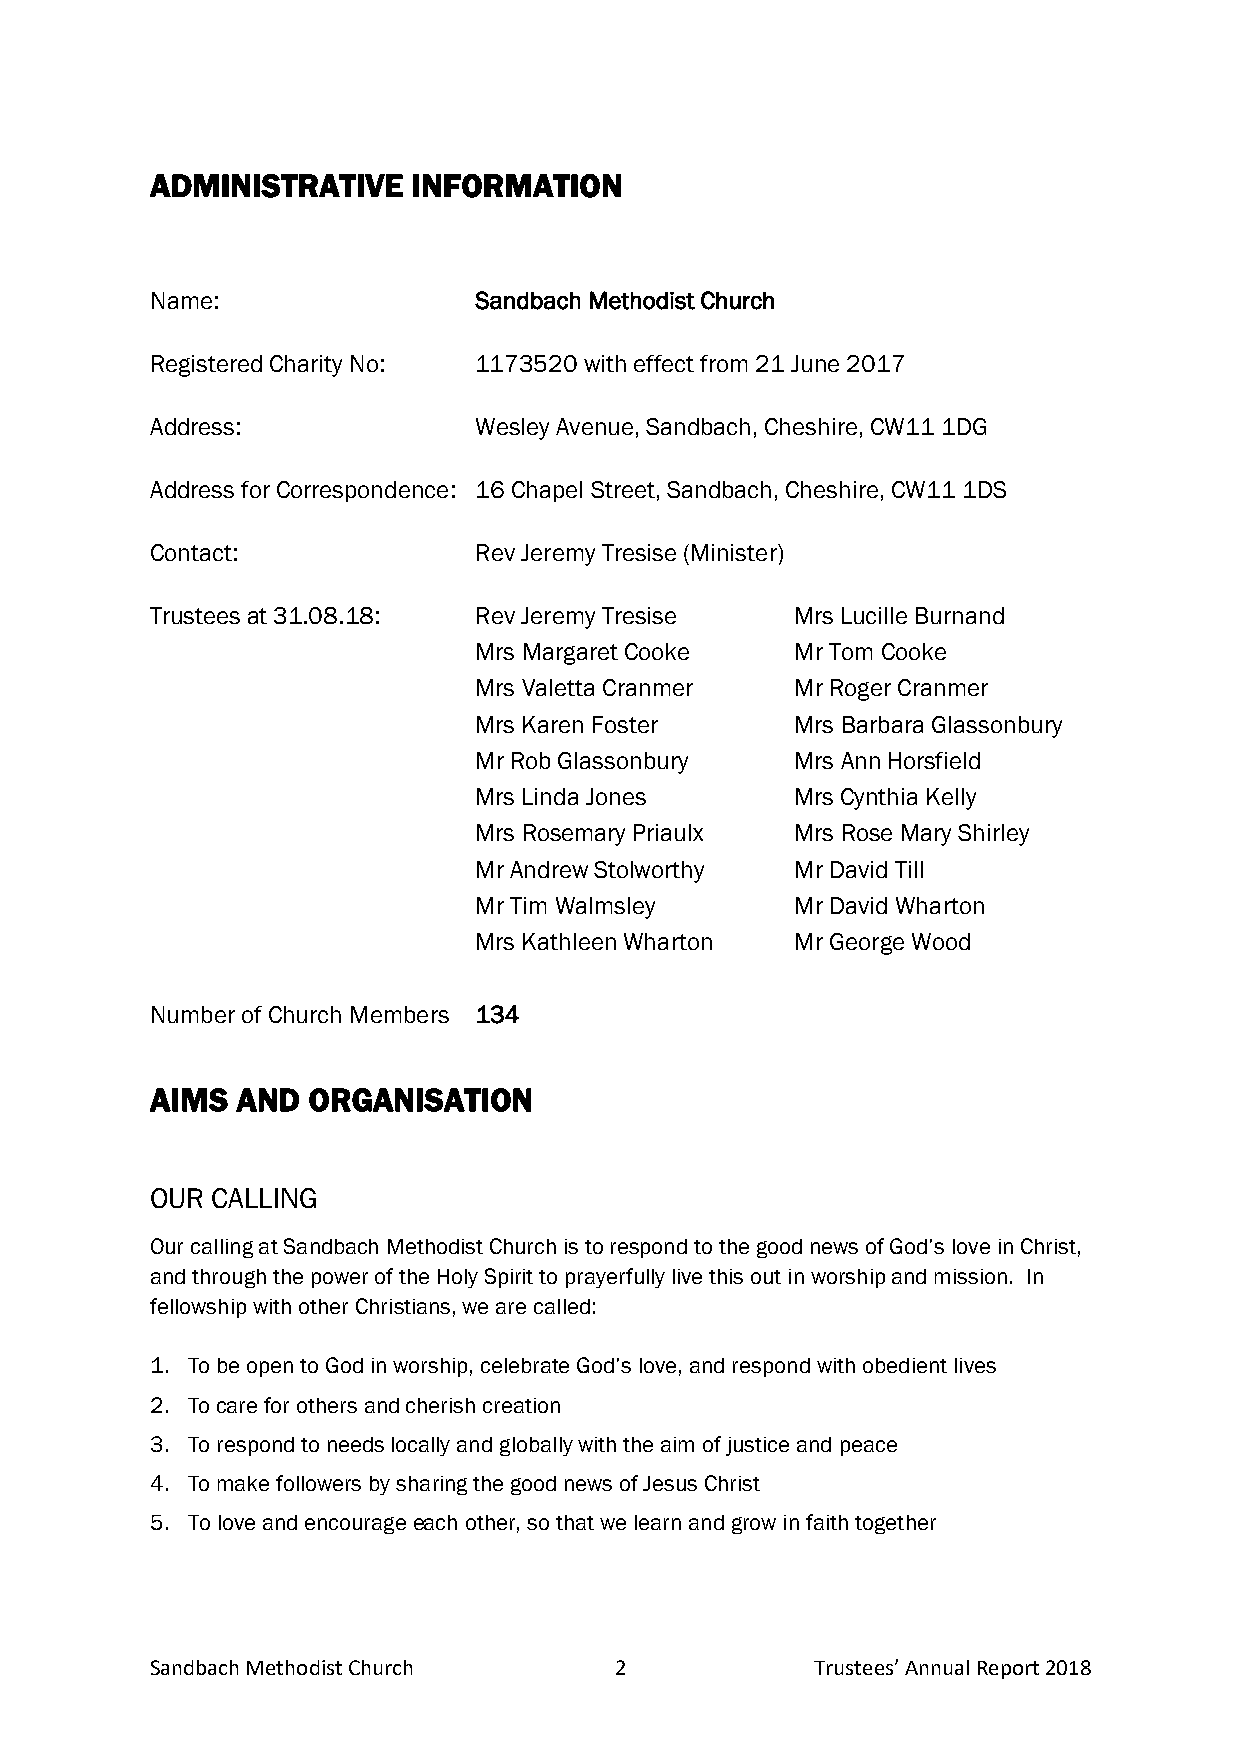
ADMINISTRATIVE   INFORMATION
 Name:                Sandbach Methodist Church
 Registered Charity No: 1173520 with effect from 21 June 2017
 Address:             Wesley Avenue, Sandbach, Cheshire, CW11 1DG
 Address for Correspondence: 16 Chapel Street, Sandbach, Cheshire, CW11 1DS
 Contact:             Rev Jeremy Tresise (Minister)
 Trustees at 31.08.18: Rev Jeremy Tresise   Mrs Lucille Burnand
 Mrs Margaret Cooke    Mr Tom Cooke
 Mrs Valetta Cranmer   Mr Roger Cranmer
 Mrs Karen Foster      Mrs Barbara Glassonbury
 Mr Rob Glassonbury    Mrs Ann Horsfield
 Mrs Linda Jones       Mrs Cynthia Kelly
 Mrs Rosemary Priaulx  Mrs Rose Mary Shirley
 Mr Andrew Stolworthy  Mr David Till
 Mr Tim Walmsley       Mr David Wharton
 Mrs Kathleen Wharton  Mr George Wood
 Number of Church Members 134
 AIMS  AND ORGANISATION
 OUR CALLING
 Our calling at Sandbach Methodist Church is to respond to the good news of God’s love in Christ,
 and through the power of the Holy Spirit to prayerfully live this out in worship and mission. In
 fellowship with other Christians, we are called:
 1. To be open to God in worship, celebrate God’s love, and respond with obedient lives
 2. To care for others and cherish creation
 3. To respond to needs locally and globally with the aim of justice and peace
 4. To make followers by sharing the good news of Jesus Christ
 5. To love and encourage each other, so that we learn and grow in faith together
 Sandbach Methodist Church      2            Trustees’ Annual Report 2018